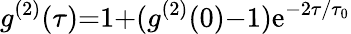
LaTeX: g^{(2)}(\tau){=}1{+}(g^{(2)}(0){-}1)\mathrm{e}^{-2\tau/\tau_{0}}